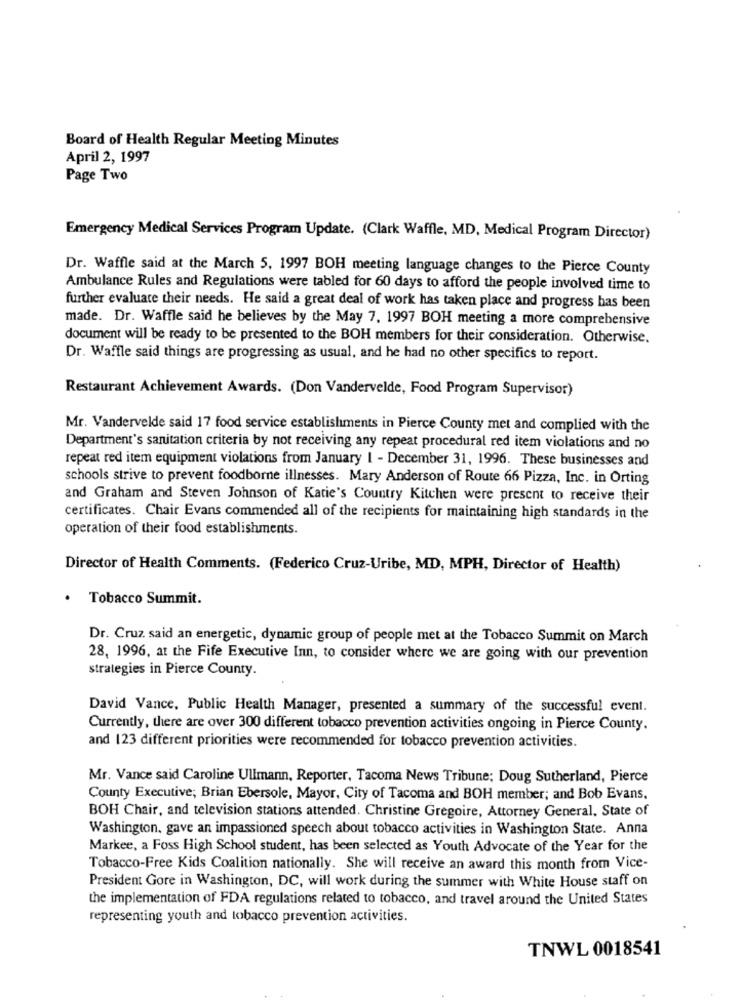
Board of Health Regular Meeting Minutes
April 2, 1997
Page Two
Emergency Medical Services Program Update. (Clark Waffle, MD, Medical Program Director)
Dr. Waffle said at the March 5, 1997 BOH meeting language changes to the Pierce County
Ambulance Rules and Regulations were tabled for 60 days to afford the people involved time to
further evaluate their needs. He said a great deal of work has taken place and progress has been
made. Dr. Waffle said he believes by the May 7, 1997 BOH meeting a more comprehensive
document will be ready to be presented to the BOH members for their consideration. Otherwise.
Dr. Waffle said things are progressing as usual, and he had no other specifics to report.
Restaurant Achievement Awards. (Don Vandervelde, Food Program Supervisor)
Mr. Vandervelde said 17 food service establishments in Pierce County met and complied with the
Department's sanitation criteria by not receiving any repeat procedural red item violations and no
repeat red item equipment violations from January 1 - December 31, 1996. These businesses and
schools strive to prevent foodborne illnesses. Mary Anderson of Route 66 Pizza, Inc. in Orting
and Graham and Steven Johnson of Katie's Country Kitchen were present to receive their
certificates. Chair Evans commended all of the recipients for maintaining high standards in the
operation of their food establishments.
Director of Health Comments. (Federico Cruz-Uribe, MD, MPH, Director of Health)
.
Tobacco Summit.
Dr. Cruz said an energetic, dynamic group of people met at the Tobacco Summit on March
28, 1996, at the Fife Executive Inn, to consider where we are going with our prevention
strategies in Pierce County.
David Vance, Public Health Manager, presented a summary of the successful event.
Currently, there are over 300 different tobacco prevention activities ongoing in Pierce County.
and 123 different priorities were recommended for tobacco prevention activities.
Mr. Vance said Caroline Ullmann, Reporter, Tacoma News Tribune; Doug Sutherland, Pierce
County Executive; Brian Ebersole, Mayor, City of Tacoma and BOH member; and Bob Evans.
BOH Chair, and television stations attended. Christine Gregoire, Attorney General, State of
Washington, gave an impassioned speech about tobacco activities in Washington State. Anna
Markee, a Foss High School student, has been selected as Youth Advocate of the Year for the
Tobacco-Free Kids Coalition nationally. She will receive an award this month from Vice-
President Gore in Washington, DC, will work during the summer with White House staff on
the implementation of FDA regulations related to tobacco, and travel around the United States
representing youth and tobacco prevention activities.
TNWL 0018541